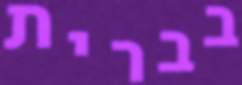
בברית